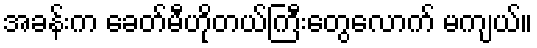
အခန်းက ခေတ်မီဟိုတယ်ကြီးတွေလောက် မကျယ်။